Indian journal of veterinary science and animal husbandry - Volume 8,
Year: 1938
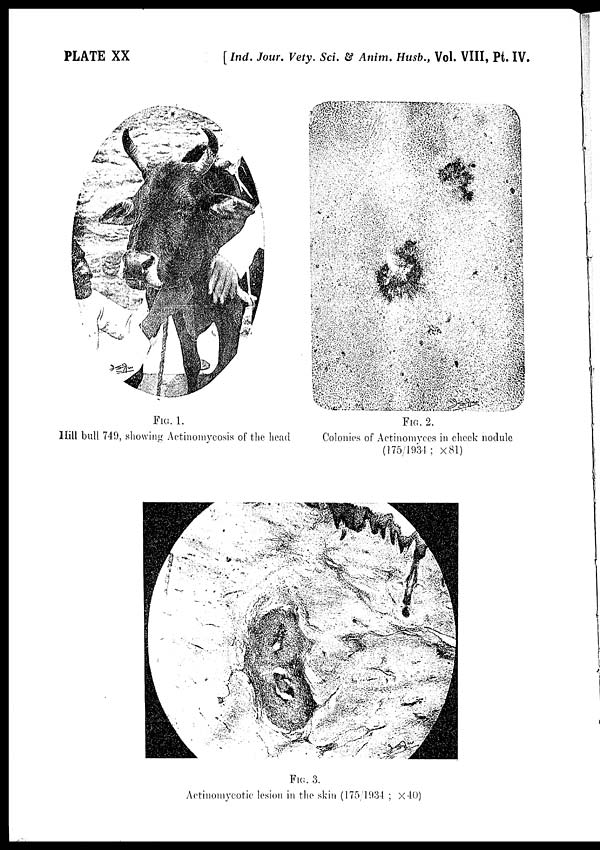
PLATE XX
[ Ind. Jour. Vety. Sci. & Anim. Husb., Vol. VIII, Pt. IV.
FIG. 1.
Hill bull 749, showing Actinomycosis of the head
FIG. 2.
Colonies of Actinomyces in cheek nodule
(175/1934; ×81)
FIG. 3.
Actinomycotic lesion in the skin (175/1934 ; ×40)